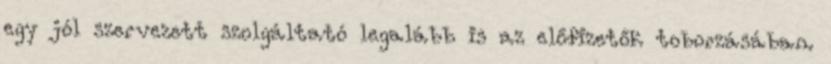
egy jól szervezett szolgáltató legalább is az előfizetők toborzásában.